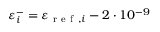
\varepsilon _ { i } ^ { - } = \varepsilon _ { \mathrm { ~ r ~ e ~ f ~ } , i } - 2 \cdot 1 0 ^ { - 9 }